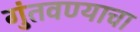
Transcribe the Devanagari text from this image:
गुंतवण्याचा